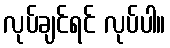
လုပ်ချင်ရင် လုပ်ပါ။